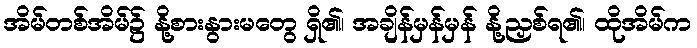
အိမ်တစ်အိမ်၌ နို့စားနွားမတွေ ရှိ၏၊ အချိန်မှန်မှန် နို့ညှစ်ရ၏၊ ထိုအိမ်က